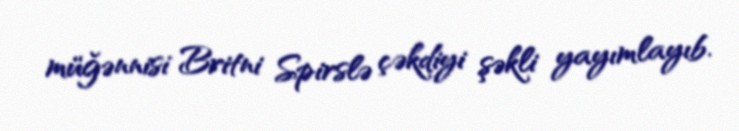
müğənnisi Britni Spirslə çəkdiyi şəkli yayımlayıb.